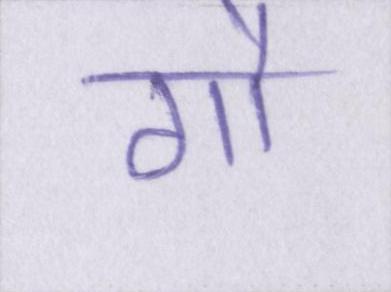
गौ